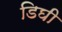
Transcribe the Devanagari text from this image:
डिघी